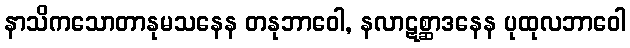
နာသိကသောတာနုမသနေန တနုဘာဝေါ, နလာဋစ္ဆာဒနေန ပုထုလဘာဝေါ